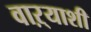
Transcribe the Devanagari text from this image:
वाऱ्याशी